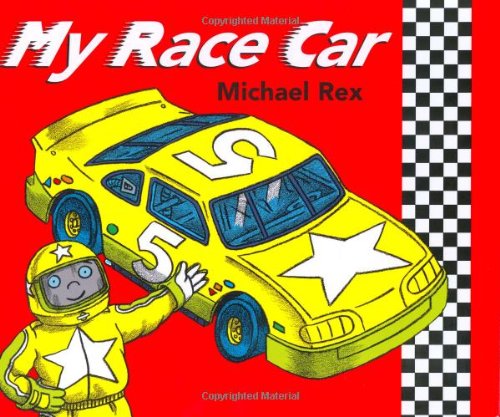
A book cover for My Race Car; Michael Rex; Children's Books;